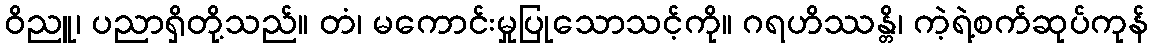
ဝိညူ၊ ပညာရှိတို့သည်။ တံ၊ မကောင်းမှုပြုသောသင့်ကို။ ဂရဟိဿန္တိ၊ ကဲ့ရဲ့စက်ဆုပ်ကုန်